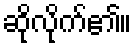
ဆိုလိုက်၏။